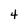
Character: 4